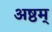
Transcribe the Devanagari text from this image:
अष्ठम्‌